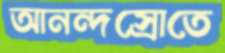
আনন্দস্রোতে